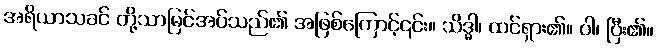
အရိယာသခင် တို့သာမြင်အပ်သည်၏ အဖြစ်ကြောင့်၎င်း။ သိဒ္ဓါ၊ ထင်ရှား၏။ ဝါ၊ ပြီး၏။